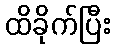
ထိခိုက်ပြီး